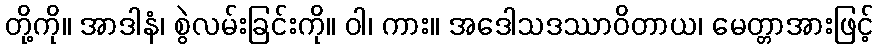
တို့ကို။ အာဒါနံ၊ စွဲလမ်းခြင်းကို။ ဝါ၊ ကား။ အဒေါသဒဿာဝိတာယ၊ မေတ္တာအားဖြင့်